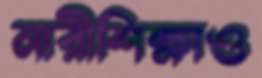
নারীশিক্ষাও